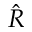
\hat { R }